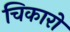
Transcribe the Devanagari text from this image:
चिकारो